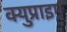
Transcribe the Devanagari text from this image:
क्युप्राइम